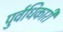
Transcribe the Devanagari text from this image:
पुर्वधिकारी